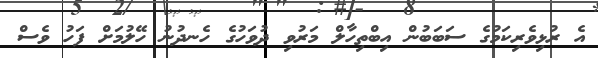
އެ ރުޅިވެރިކަމުގެ ސަބަބުން އިބްތިހާލް މަރުވި ދުވަހުގެ ހެނދުނު ހޭލުމަށް ފަހު ވެސް